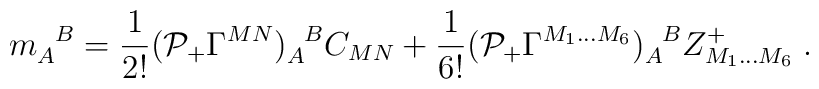
m_A^{\phantom{A}B} = \frac{1}{2!} ({\cal P}_+ \Gamma^{MN})_A^{\phantom{A}B} C_{MN} + \frac{1}{6!} ({\cal P}_+ \Gamma^{M_1 \ldots M_6})_A^{\phantom{A}B} Z^+_{M_1 \ldots M_6}\;.